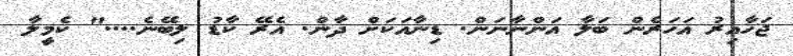
ޖަހާއިރު އަހަރެން ބަލާ އަންނާނަން. ޑިނާއަކަށް ދާން. އެރޭ ކާޑު ލިބޭނެ...." ކެމީލާ